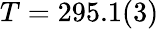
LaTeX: T=295.1(3)